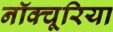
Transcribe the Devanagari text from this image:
नॉक्चूरिया